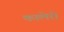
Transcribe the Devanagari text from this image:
कालेरी